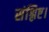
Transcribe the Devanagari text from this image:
संश्लिष्ट।